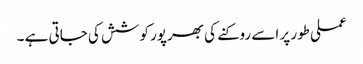
عملی طور پر اسے روکنے کی بھرپور کوشش کی جاتی ہے ۔